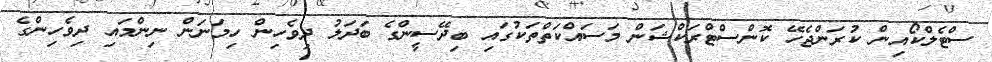
ސްޓެލްކޯއިން ކުރަންޖެހޭ ކޮންސްޓްރަކްޝަން މަސައްކަތްތަކުގައި ބިދޭސީންގެ ބަދަލު ދިވެހިން ހިމަނަން ނިންމައި ދިވެހިންގެ